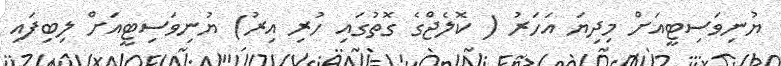
ޔުނިވަސިޓީއަށް މިދިޔަ އަހަރު ( ކޮލެޖްގެ ގޮތުގައި ހުރި އިރު) ޔުނިވަސިޓީއަށް ލިބިފައި